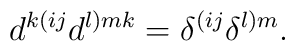
d^{k(ij}d^{l)mk}=\delta^{(ij}\delta^{l)m}.